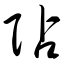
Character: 阽